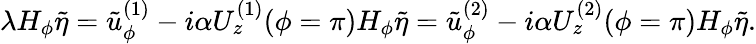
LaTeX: \lambda H_{\phi}\tilde{\eta}=\tilde{u}_{\phi}^{(1)}-i\alpha U_{z}^{(1)}(\phi=\pi)H_{\phi}\tilde{\eta}=\tilde{u}_{\phi}^{(2)}-i\alpha U_{z}^{(2)}(\phi=\pi)H_{\phi}\tilde{\eta}.